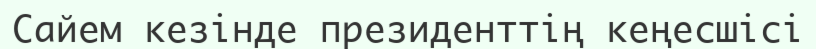
Сайем кезінде президенттің кеңесшісі